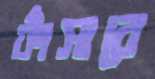
ফাঁসাবে